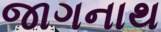
જાગનાથ